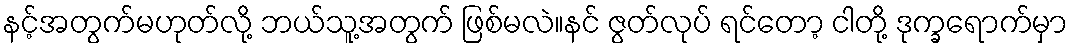
နင့်အတွက်မဟုတ်လို့ ဘယ်သူ့အတွက် ဖြစ်မလဲ။နင် ဇွတ်လုပ် ရင်တော့ ငါတို့ ဒုက္ခရောက်မှာ